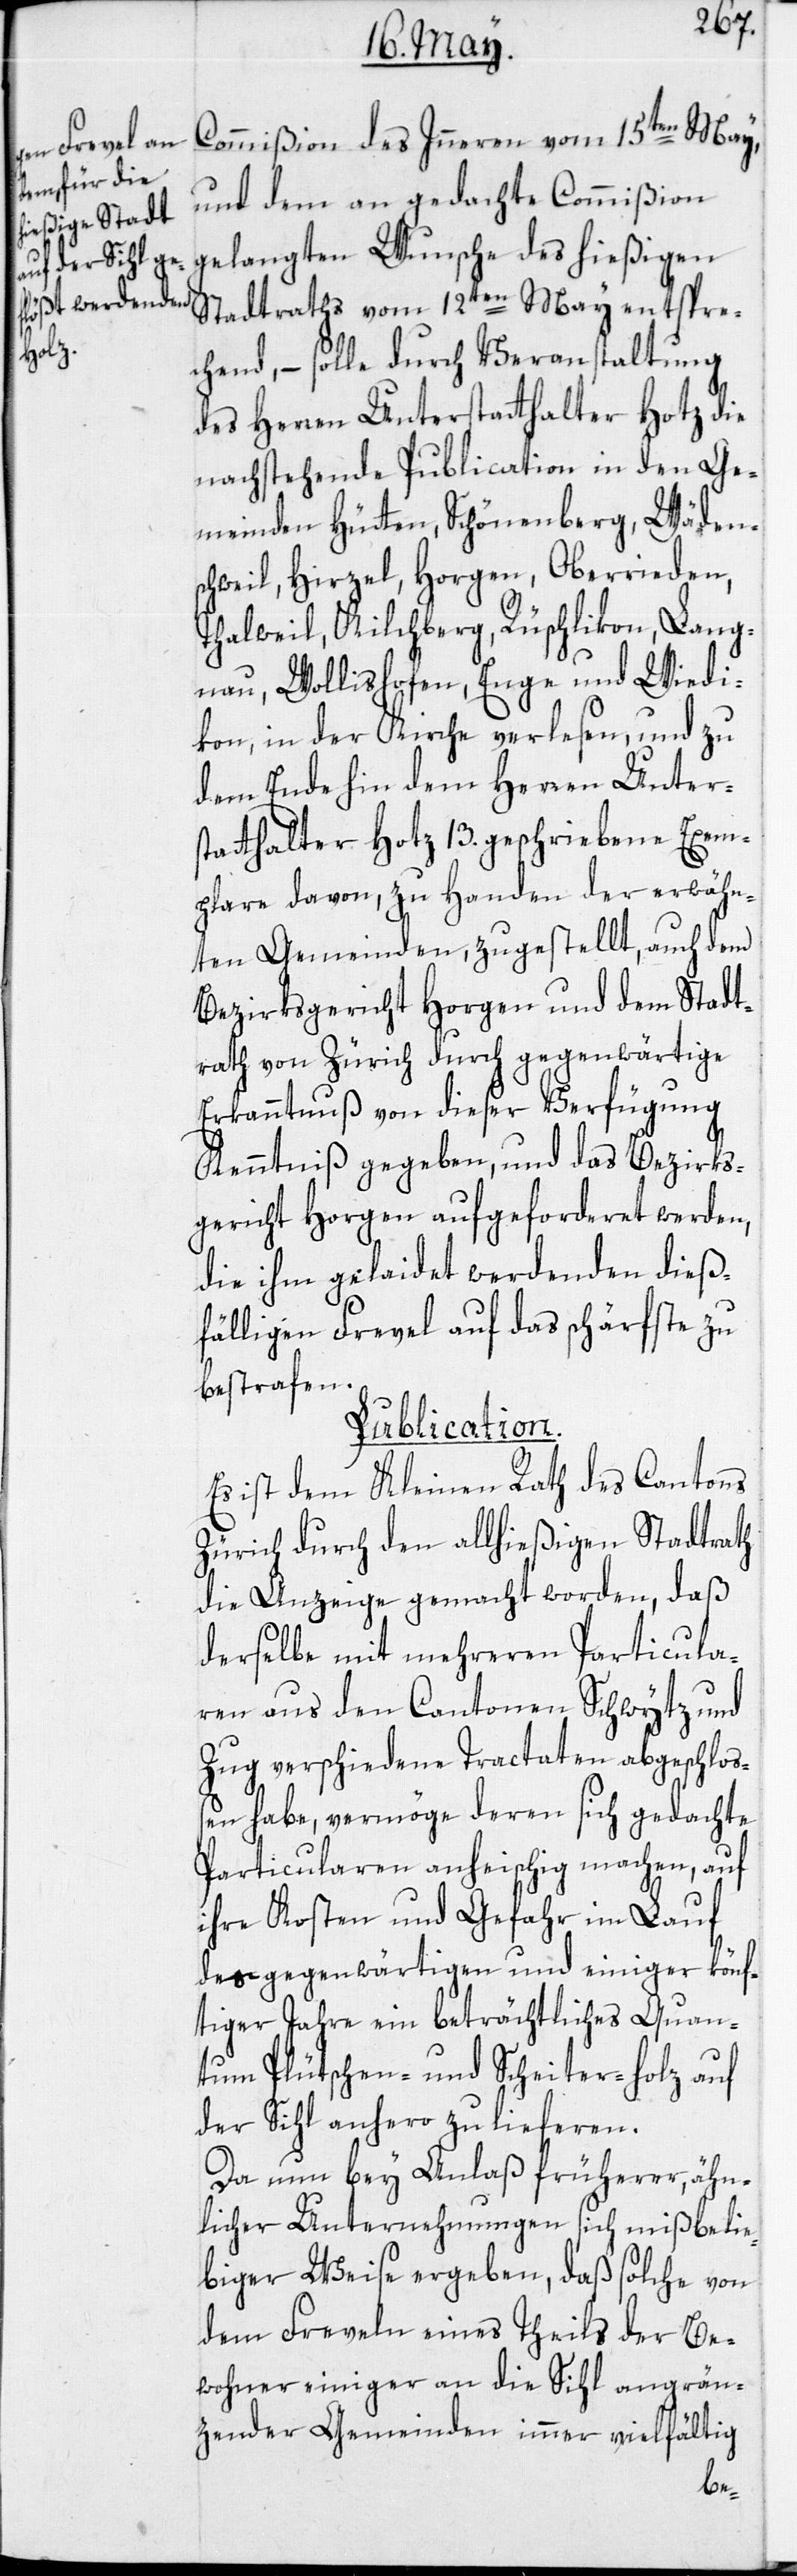
Commißion des Inneren vom 15ten May,
und dem an gedachte Commißion
gelangten Wunsche des hießigen
Stadtraths vom 12ten May entspre¬
chend, – solle durch Veranstaltung
des Herren Unterstatthalter Hotz die
nachstehende Publication in den Ge¬
meinden Hütten, Schönenberg, Wäden¬
schweil, Hirzel, Horgen, Oberrieden,
Thalweil, Kilchberg, Rüschlikon, Lang¬
nau, Wollishofen, Enge und Wiedi¬
kon, in der Kirche verlesen, und zu
dem Ende hin dem Herren Unters¬
tatthalter Hotz 13. geschriebene Exem¬
plare davon, zu Handen der erwähn¬
ten Gemeinden, zugestellt, auch dem
Bezirksgericht Horgen und dem Stadt¬
rath von Zürich durch gegenwärtige
Erkanntnuß von dieser Verfügung
Kenntniß gegeben, und das Bezirks¬
gericht Horgen aufgeforderet werden,
die ihm gelaidet werdenden dieß¬
fälligen Frevel auf das schärfste zu
bestrafen.
Publication.
Es ist dem Kleinen Rath des Cantons
Zürich durch den allhießigen Stadtrath
die Anzeige gemacht worden, daß
derselbe mit mehreren Particula¬
ren aus den Cantonen Schwytz und
Zug verschiedene Tractaten abgeschlos¬
sen habe, vermöge deren sich gedachte
Particularen anheischig machen, auf
ihre Kosten und Gefahr im Lauf
des gegenwärtigen und einiger könf¬
tiger Jahre ein beträchtliches Quan¬
tum Plütschen- und Scheiter-holz auf
der Sihl anhero zu lieferen.
Da nun bey Anlaß früherer, ähn¬
licher Unternehmungen sich mißbelie¬
biger Weise ergeben, daß solche von
dem Freveln eines Theils der Be¬
wohner einiger an die Sihl angrän¬
zender Gemeinden immer vielfältig